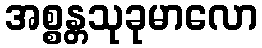
အစ္စန္တသုခုမာလော